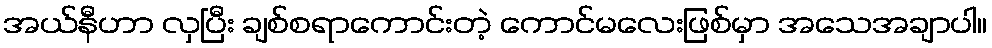
အယ်နီဟာ လှပြီး ချစ်စရာကောင်းတဲ့ ကောင်မလေးဖြစ်မှာ အသေအချာပါ။